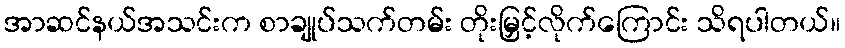
အာဆင်နယ်အသင်းက စာချုပ်သက်တမ်း တိုးမြှင့်လိုက်ကြောင်း သိရပါတယ်။